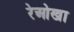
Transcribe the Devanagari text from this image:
रेओखा